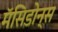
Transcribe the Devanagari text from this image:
मॅसिडोन्स